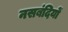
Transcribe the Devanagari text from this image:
नसबंदियों